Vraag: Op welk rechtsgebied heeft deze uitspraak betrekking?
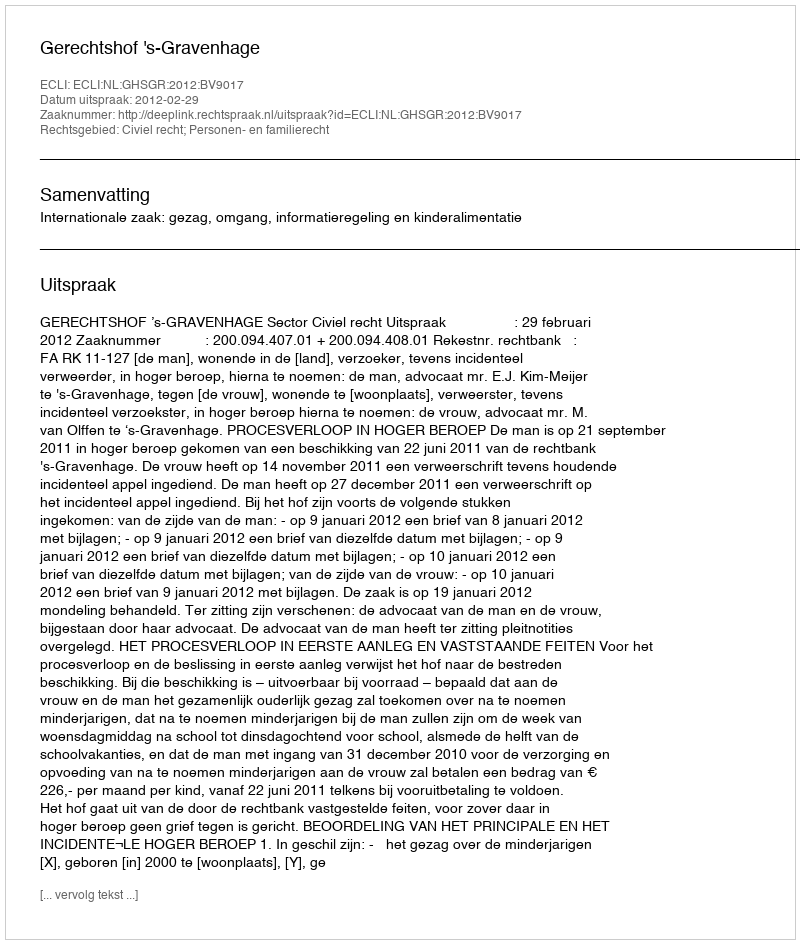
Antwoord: Civiel recht; Personen- en familierecht